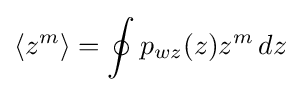
\langle z^{m}\rangle =\oint p_{wz}(z)z^{m}\,dz